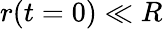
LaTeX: r(t=0)\ll R